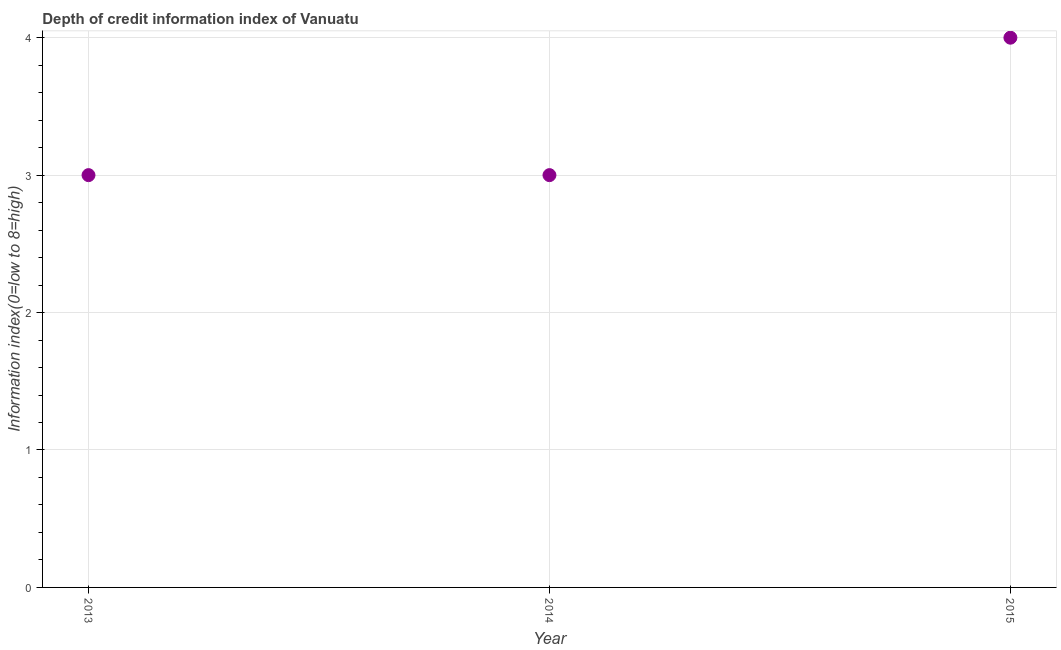
| Year | Depth of credit information index |
 | --- | --- |
 | 2013 | 3 |
 | 2014 | 3 |
 | 2015 | 4 |